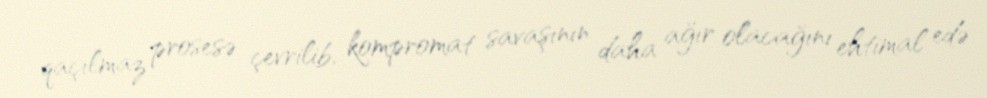
qaçılmaz prosesə çevrilib, kompromat savaşının daha ağır olacağını ehtimal edə